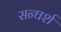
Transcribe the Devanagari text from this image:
सन्घर्श